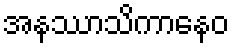
အနဿာသိကာနေဝ